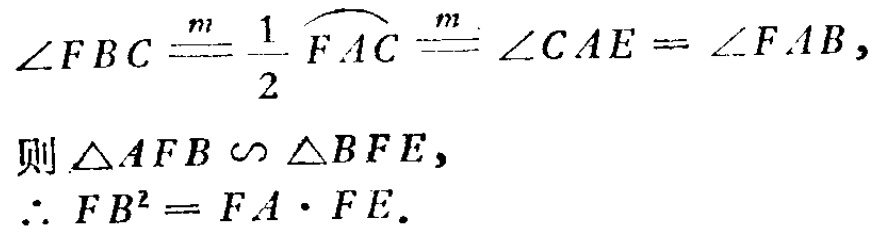
\(\angle FBC\overset{m}{=}\frac{1}{2}\overset{\frown}{FAC}\overset{m}{=}\angle CAE = \angle FAB,\)
则\(\triangle AFB\sim\triangle BFE,\)
\(\therefore FB^{2}=FA\cdot FE.\)